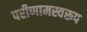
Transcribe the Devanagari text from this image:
परीणामस्वरूप